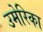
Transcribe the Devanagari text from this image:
उमेरिका